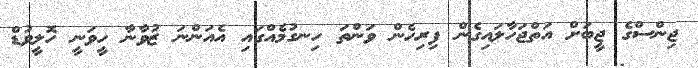
ޖިންސްގެ ޖީބަށް އަތްޖަހާލައިގެން ފިރިހެން ވަންތަ ހިނގުމެއްގައި އެއަންނަ ޒުވާނާ ހީވަނީ ހޮލީވުޑް